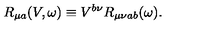
R _ { \mu a } ( V , \omega ) \equiv V ^ { b \nu } R _ { \mu \nu a b } ( \omega ) .